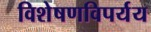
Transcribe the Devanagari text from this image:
विशेषणविपर्यय